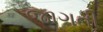
જાગતી